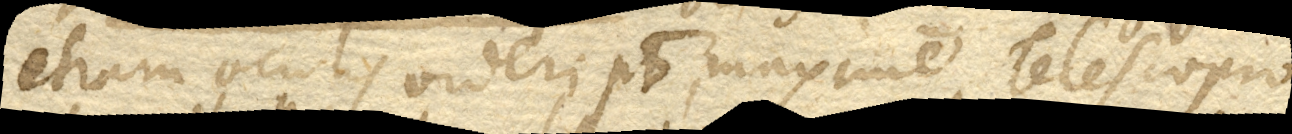
etiam oculis videri potest, maxime Telescopio